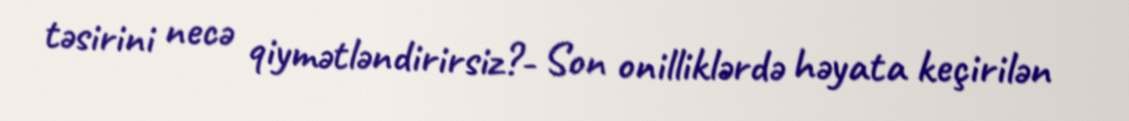
təsirini necə qiymətləndirirsiz?- Son onilliklərdə həyata keçirilən